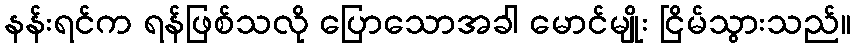
နန်းရင်က ရန်ဖြစ်သလို ပြောသောအခါ မောင်မျိုး ငြိမ်သွားသည်။